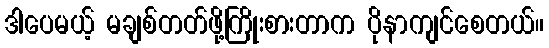
ဒါပေမယ့် မချစ်တတ်ဖို့ကြိုးစားတာက ပိုနာကျင်စေတယ်။